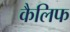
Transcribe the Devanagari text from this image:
कैलिफ